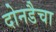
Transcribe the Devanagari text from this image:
दोनडैचा